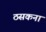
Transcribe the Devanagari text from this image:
ठसकना